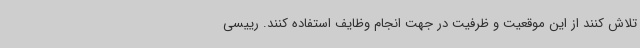
تلاش کنند از این موقعیت و ظرفیت در جهت انجام وظایف استفاده کنند. رییسی